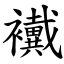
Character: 襶